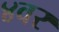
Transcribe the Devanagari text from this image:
४वर